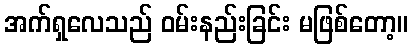
အက်ရှလေသည် ဝမ်းနည်းခြင်း မဖြစ်တော့။